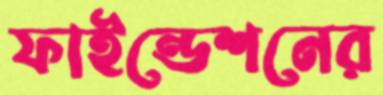
ফাইন্ডেশনের